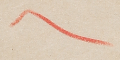
٦